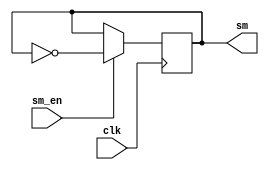
module sm(
    input clk,sm_en,
    output reg sm);

initial sm=1'b0;

always @(negedge clk) //
begin
    if(sm_en) sm<=~sm; //1 
    else sm<=sm; //0 
end
endmodule